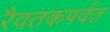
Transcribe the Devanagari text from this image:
रैवतकपर्वत